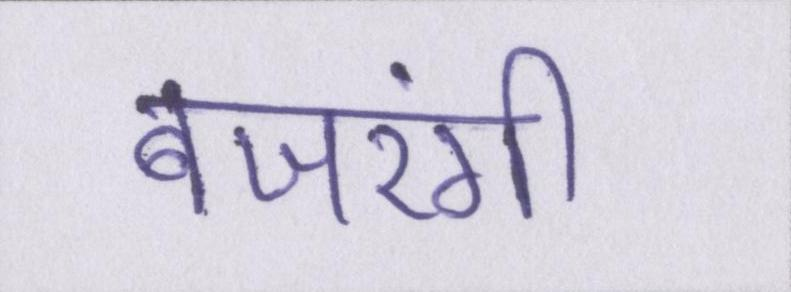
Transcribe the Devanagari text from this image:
बजरंगी